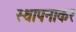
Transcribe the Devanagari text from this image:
स्थापनाकर